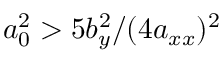
a _ { 0 } ^ { 2 } > 5 b _ { y } ^ { 2 } / ( 4 a _ { x x } ) ^ { 2 }